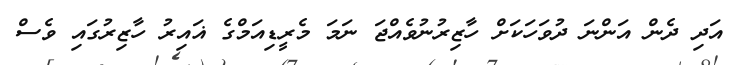
އަދި ދެން އަންނަ ދުވަހަކަށް ހާޒިރުނުވެއްޖަ ނަމަ މެރީޑިއަމްގެ ޣައިރު ހާޒިރުގައި ވެސް